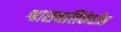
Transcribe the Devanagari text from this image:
श्वासनलिकेतील